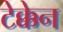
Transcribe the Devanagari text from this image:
टेक्केन